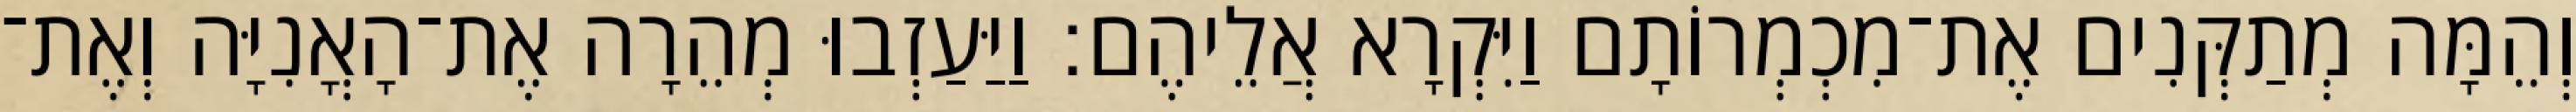
וְהֵמָּה מְתַקְּנִים אֶת־מִכְמְרוֹתָם וַיִּקְרָא אֲלֵיהֶם׃ וַיַּעַזְבוּ מְהֵרָה אֶת־הָאֳנִיָּה וְאֶת־